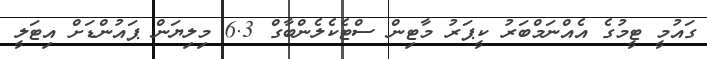
ގައުމީ ޓީމުގެ އެއްނަމްބަރު ކީޕަރު މާޓިން ސްޓެކެލެންބާގް 6.3 މިލިޔަން ޕައުންޑަށް އިޓަލީ